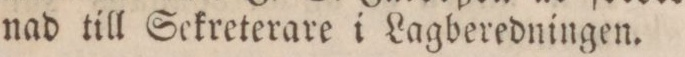
nad till Sekreterare i Lagberedningen.